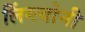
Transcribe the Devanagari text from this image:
लिंगयोनी